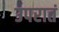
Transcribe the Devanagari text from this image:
उपरातं